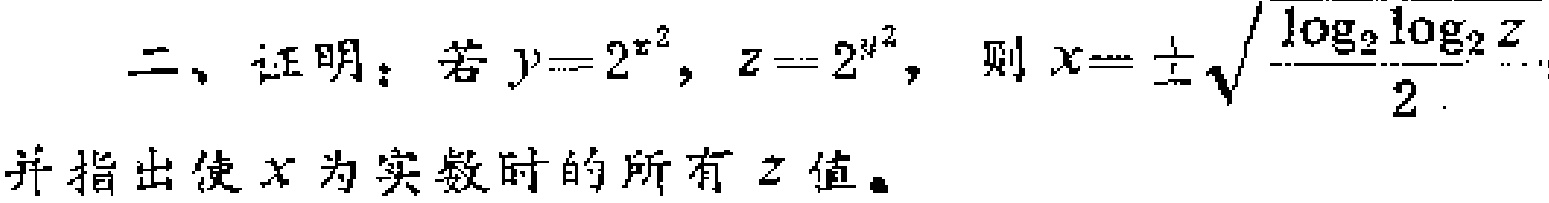
二、证明：若\(y = 2^{x^{2}}\)，\(z = 2^{y^{2}}\)，则\(x = \pm\sqrt{\frac{\log_{2}\log_{2}z}{2}}\)
并指出使\(x\)为实数时的所有\(z\)值。